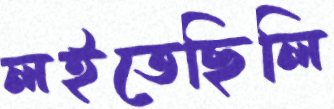
লইতেছিলি